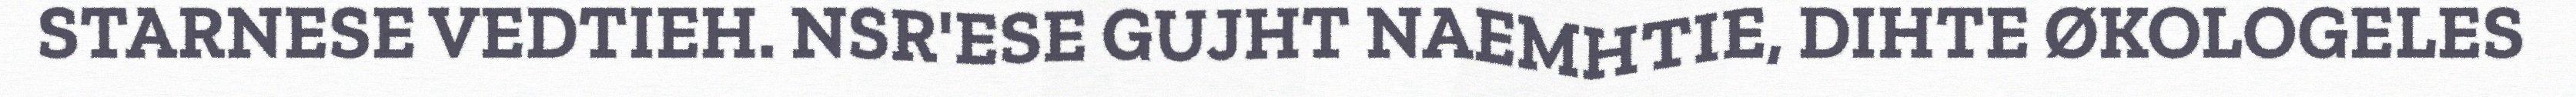
STARNESE VEDTIEH. NSR'ESE GUJHT NAEMHTIE, DIHTE ØKOLOGELES